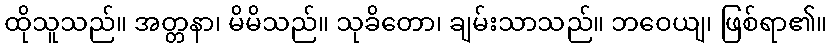
ထိုသူသည်။ အတ္တနာ၊ မိမိသည်။ သုခိတော၊ ချမ်းသာသည်။ ဘဝေယျ၊ ဖြစ်ရာ၏။